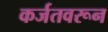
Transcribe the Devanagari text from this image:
कर्जतवरून